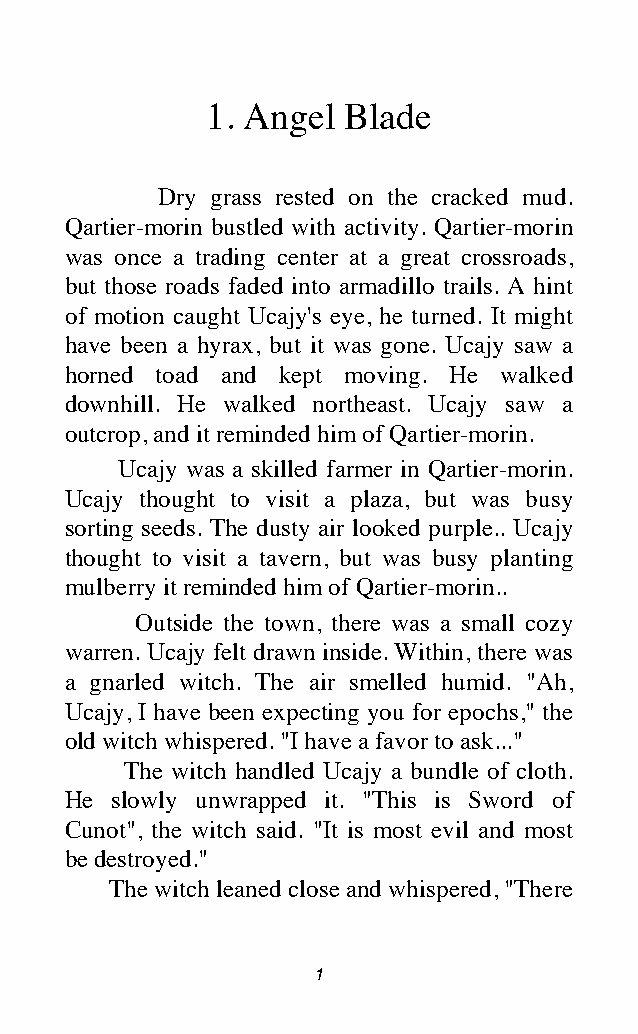
1. Angel Blade
 Dry grass rested on the cracked mud.
 Qartier-morin bustled with activity. Qartier-morin
 was once a trading center at a great crossroads,
 but those roads faded into armadillo trails. A hint
 of motion caught Ucajy's eye, he turned. It might
 have been a hyrax, but it was gone. Ucajy saw a
 horned toad and kept moving. He walked
 downhill. He walked northeast. Ucajy saw a
 outcrop, and it reminded him of Qartier-morin.
 Ucajy was a skilled farmer in Qartier-morin.
 Ucajy thought to visit a plaza, but was busy
 sorting seeds. The dusty air looked purple.. Ucajy
 thought to visit a tavern, but was busy planting
 mulberry it reminded him of Qartier-morin..
 Outside the town, there was a small cozy
 warren. Ucajy felt drawn inside. Within, there was
 a gnarled witch. The air smelled humid. "Ah,
 Ucajy, I have been expecting you for epochs," the
 old witch whispered. "I have a favor to ask..."
 The witch handled Ucajy a bundle of cloth.
 He slowly unwrapped it. "This is Sword of
 Cunot", the witch said. "It is most evil and most
 be destroyed."
 The witch leaned close and whispered, "There
 1